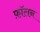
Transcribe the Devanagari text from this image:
फ़ॉलन